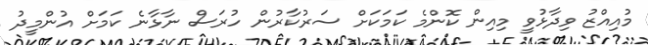
މުއިއްޒު ވިދާޅުވީ މިއިން ކޮންމެ ކަމަކަށް ސަރުކާރުން ހުރަސް ނާޅާނެ ކަމަށް އުންމީދު